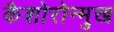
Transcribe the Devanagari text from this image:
कैशोरोन्मुख